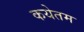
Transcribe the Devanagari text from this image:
कयेतम